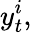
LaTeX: y_{t}^{i},